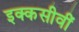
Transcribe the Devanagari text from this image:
इक्कसीवीं